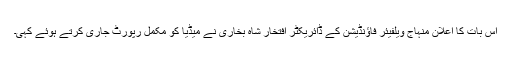
اس بات کا اعلان منہاج ویلفیئر فاؤنڈیشن کے ڈائریکٹر افتخار شاہ بخاری نے میڈیا کو مکمل رپورٹ جاری کرتے ہوئے کہی۔